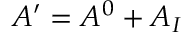
{ \cal A } ^ { \prime } = { \cal A } ^ { 0 } + { \cal A } _ { I }